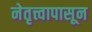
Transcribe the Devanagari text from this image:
नेतृत्त्वापासून